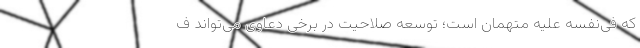
که فی‌نفسه علیه متهمان است؛ توسعه صلاحیت در برخی دعاوی می‌تواند ف